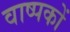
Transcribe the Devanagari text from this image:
वाष्पकों